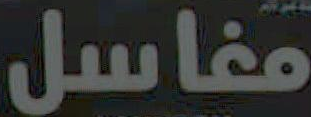
مغاسل